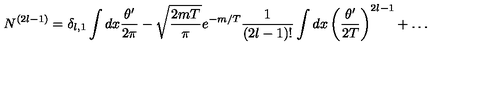
N ^ { ( 2 l - 1 ) } = \delta _ { l , 1 } \int d x \frac { \theta ^ { \prime } } { 2 \pi } - \sqrt { \frac { 2 m T } { \pi } } e ^ { - m / T } \frac { 1 } { ( 2 l - 1 ) ! } \int d x \left( \frac { \theta ^ { \prime } } { 2 T } \right) ^ { 2 l - 1 } + \dots